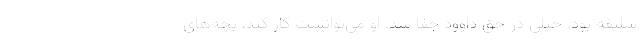
سلیقه بود. خیلی در حق داوود جفا شد. او می‌توانست کار کند، بچه‌های